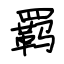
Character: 羁